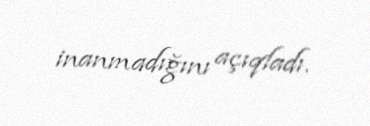
inanmadığını açıqladı.